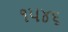
૧૫૪૬